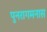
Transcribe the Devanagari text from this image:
पुनरागमनास